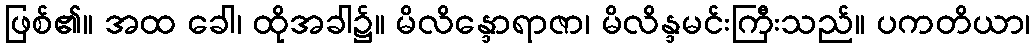
ဖြစ်၏။ အထ ခေါ၊ ထိုအခါ၌။ မိလိန္ဒောရာဇာ၊ မိလိန္ဒမင်းကြီးသည်။ ပကတိယာ၊